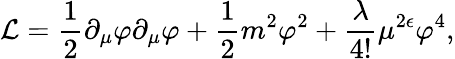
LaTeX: {\mathcal L}=\frac{1}{2}\partial_{\mu}\varphi\partial_{\mu}\varphi+\frac{1}{2}m^{2}\varphi^{2}+\frac{\lambda}{4!}\mu^{2\epsilon}\varphi^{4},